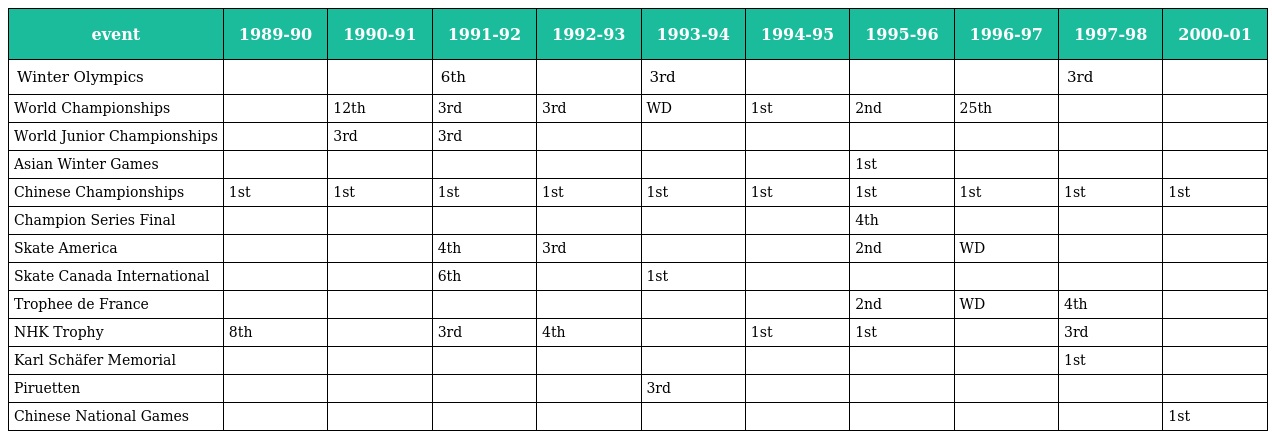
| event | 1989-90 | 1990-91 | 1991-92 | 1992-93 | 1993-94 | 1994-95 | 1995-96 | 1996-97 | 1997-98 | 2000-01 |
 | --- | --- | --- | --- | --- | --- | --- | --- | --- | --- | --- |
 | Winter Olympics |  |  | 6th |  | 3rd |  |  |  | 3rd |  |
 | World Championships |  | 12th | 3rd | 3rd | WD | 1st | 2nd | 25th |  |  |
 | World Junior Championships |  | 3rd | 3rd |  |  |  |  |  |  |  |
 | Asian Winter Games |  |  |  |  |  |  | 1st |  |  |  |
 | Chinese Championships | 1st | 1st | 1st | 1st | 1st | 1st | 1st | 1st | 1st | 1st |
 | Champion Series Final |  |  |  |  |  |  | 4th |  |  |  |
 | Skate America |  |  | 4th | 3rd |  |  | 2nd | WD |  |  |
 | Skate Canada International |  |  | 6th |  | 1st |  |  |  |  |  |
 | Trophee de France |  |  |  |  |  |  | 2nd | WD | 4th |  |
 | NHK Trophy | 8th |  | 3rd | 4th |  | 1st | 1st |  | 3rd |  |
 | Karl Schäfer Memorial |  |  |  |  |  |  |  |  | 1st |  |
 | Piruetten |  |  |  |  | 3rd |  |  |  |  |  |
 | Chinese National Games |  |  |  |  |  |  |  |  |  | 1st |